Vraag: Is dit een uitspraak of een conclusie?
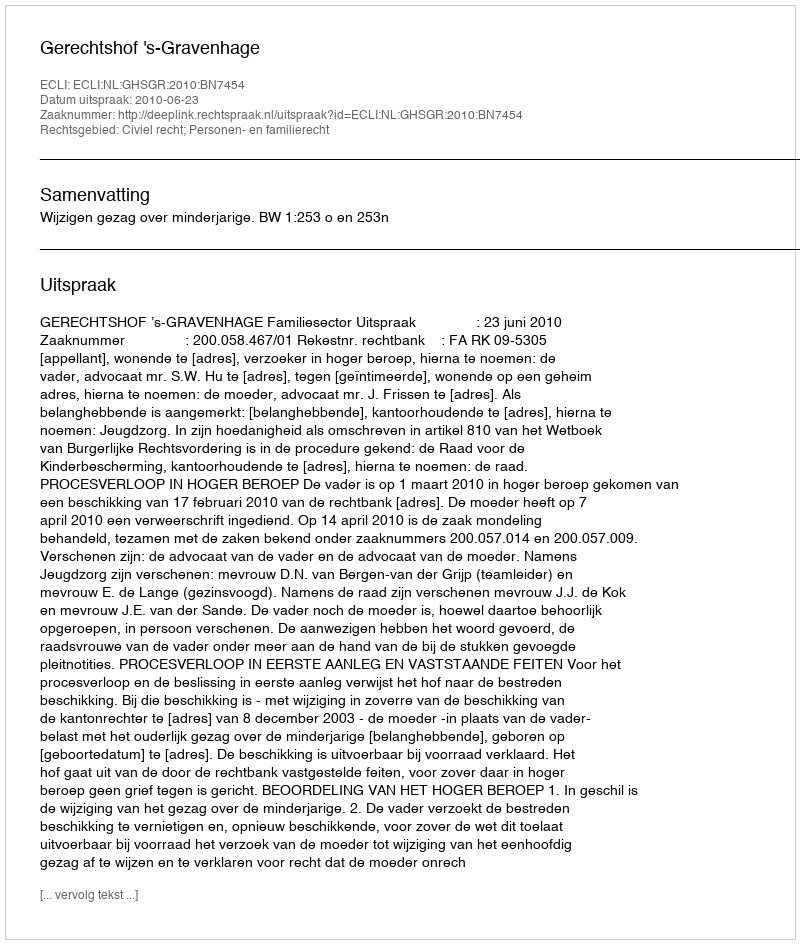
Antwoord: Uitspraak